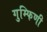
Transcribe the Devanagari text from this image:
गुम्फिणी